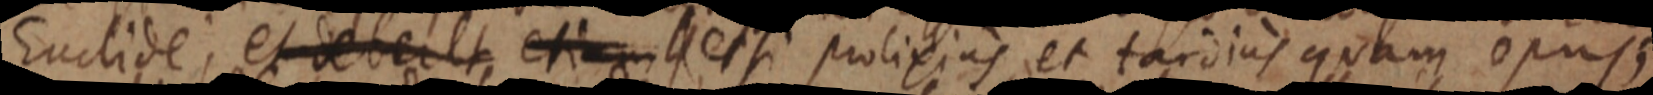
Euclide; et debelt etiam et si prolixius et tardius quam opus;